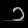
Digit: ၁